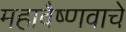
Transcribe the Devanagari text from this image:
महावैष्णवाचे